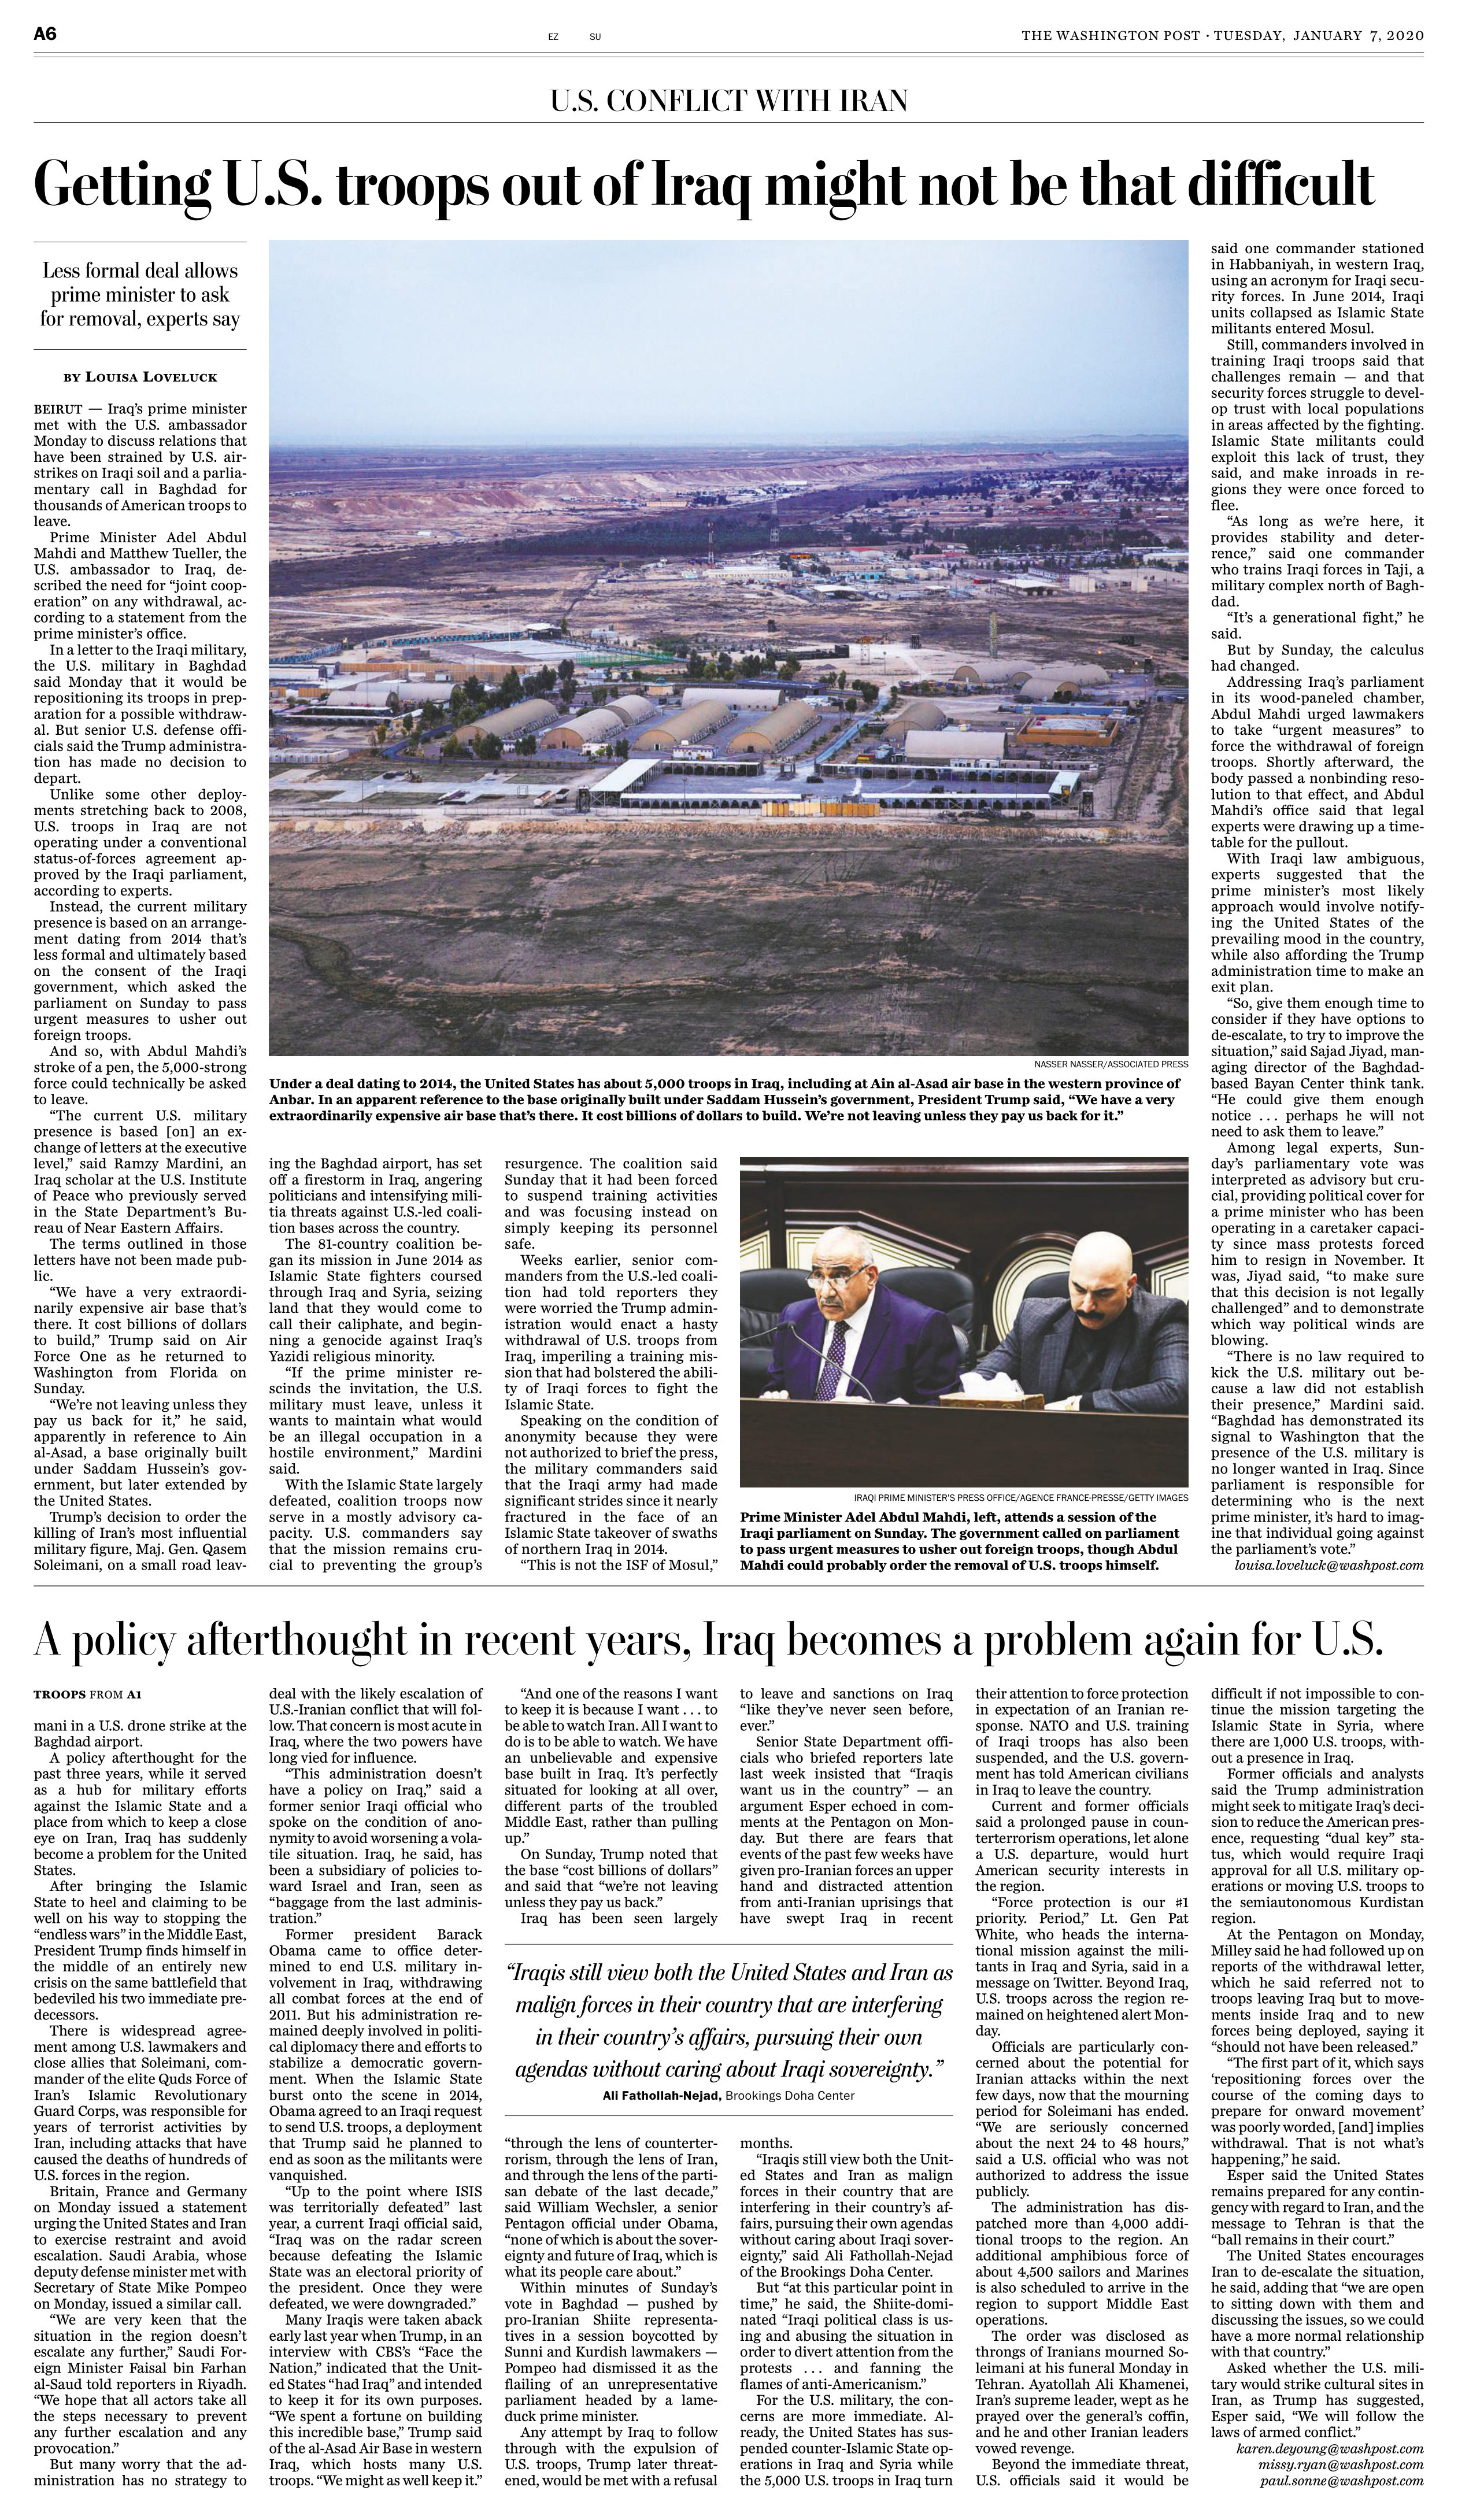
Language: en